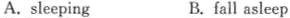
A. sleeping B. fall asleep